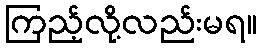
ကြည့်လို့လည်းမရ။